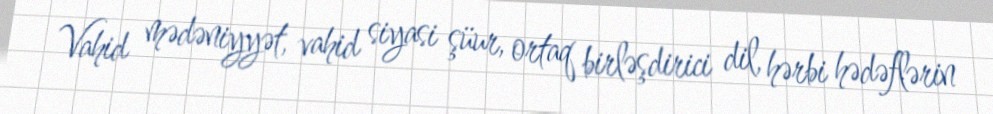
Vahid mədəniyyət, vahid siyasi şüur, ortaq birləşdirici dil, hərbi hədəflərin